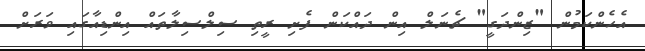
އެހެންކަމުން "ޒިންދަގީ" ޗެނަލް އިން ދައްކަން ފެށި ރީތި ސިލްސިލާތައް އިންޑިއާގައި ވަރަށް